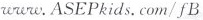
www. ASEPkids. Com/ fB